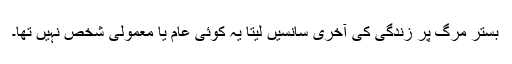
بستر مرگ پر زندگی کی آخری سانسیں لیتا یہ کوئی عام یا معمولی شخص نہیں تھا۔